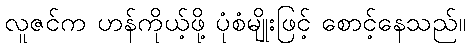
လူဇင်က ဟန်ကိုယ့်ဖို့ ပုံစံမျိုးဖြင့် စောင့်နေသည်။